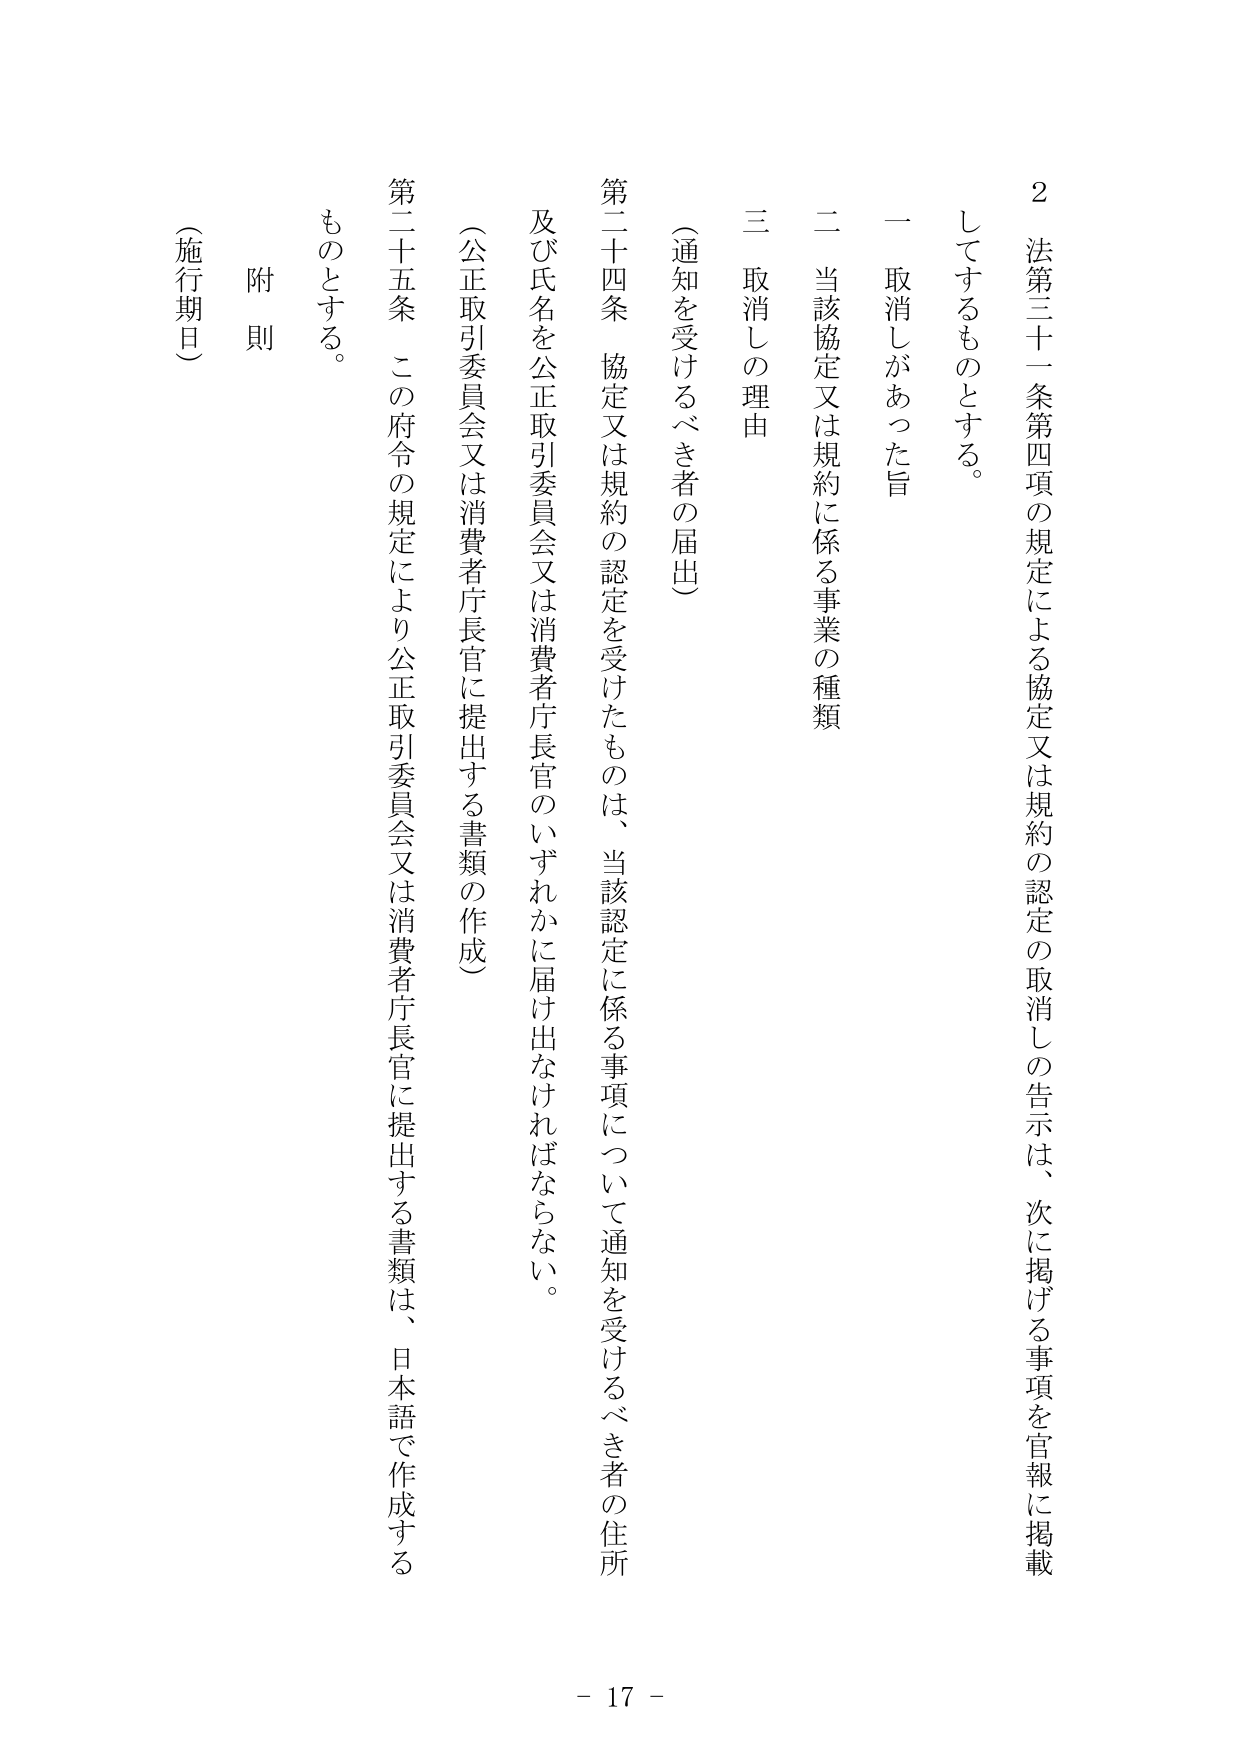
2 法第三十一条第四項の規定による協定又は規約の認定の取消しの告示は、次に掲げる事項を官報に掲載してするものとする。

一 取消しがあった旨

二 当該協定又は規約に係る事業の種類

三 取消しの理由

（通知を受けるべき者の届出）

第二十四条 協定又は規約の認定を受けたものは、当該認定に係る事項について通知を受けるべき者の住所及び氏名を公正取引委員会又は消費者庁長官のいずれかに届け出なければならない。

（公正取引委員会又は消費者庁長官に提出する書類の作成）

第二十五条 この府令の規定により公正取引委員会又は消費者庁長官に提出する書類は、日本語で作成するものとする。

附則

（施行期日）

- 17 -